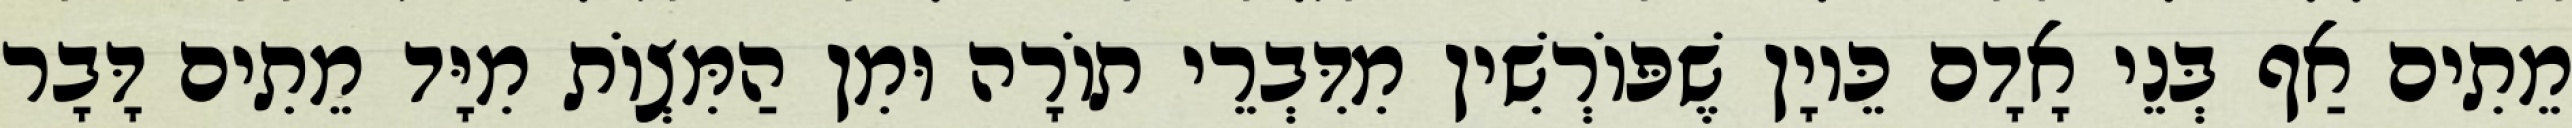
מֵתִים אַף בְּנֵי אָדָם כֵּיוָן שֶׁפּוֹרְשִׁין מִדִּבְרֵי תוֹרָה וּמִן הַמִּצְוֹת מִיָּד מֵתִים דָּבָר